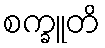
စက္ခူတိ